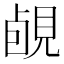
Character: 䚃